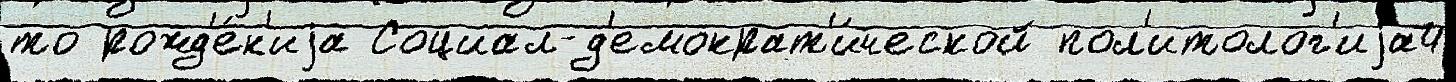
то рожд'е́н'иjа Социал-д'емократ'и́ческой пол'итолог'иjа4